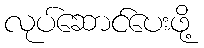
လုပ်ဆောင်ပေးဖို့